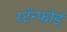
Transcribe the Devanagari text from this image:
स्टॅन्फोर्ड